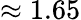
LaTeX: \approx 1.65